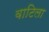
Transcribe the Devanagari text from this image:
वाटिला